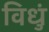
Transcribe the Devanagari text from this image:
विधुं